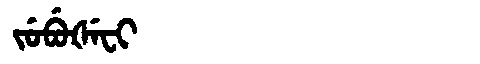
Manchu: ᠵᡠᠪᡠᡧᡝᠸᡳ
Romanization: JUBUŠEFI